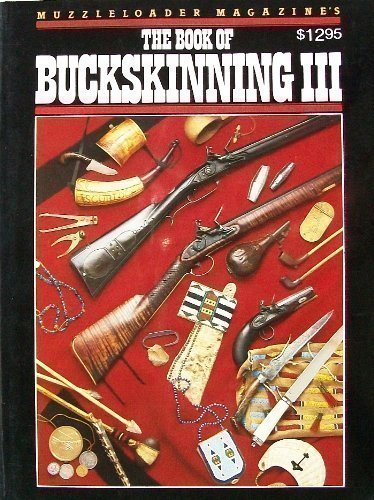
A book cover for Muzzleloader Magazine's The Book of Buckskinning III; Crafts, Hobbies & Home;